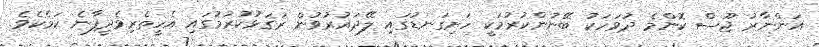
އަންނާރު ޖޫސް ކޮންމެ ދުވަހަކު ބޭނުންކުރުމަކީ ހަށިގަނޑުގައި ލޭދައުރުވުން ރަގަޅުކުރުމުގައި އެހީތެރިވެދީފާނެ ކަމެކެވެ.